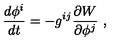
\frac { d \phi ^ { i } } { d t } = - g ^ { i j } \frac { \partial W } { \partial \phi ^ { j } } \ ,